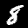
Label: 8